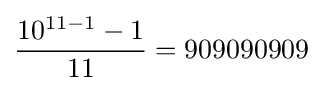
{\frac {10^{11-1}-1}{11}}=909090909